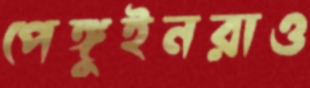
পেঙ্গুইনরাও